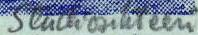
Studiosihteeri